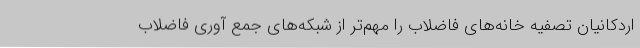
اردکانیان تصفیه خانه‌های فاضلاب را مهم‌تر از شبکه‌های جمع آوری فاضلاب